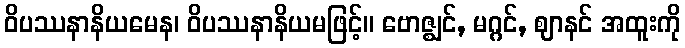
ဝိပဿနာနိယမေန၊ ဝိပဿနာနိယမဖြင့်။ ဗောဇ္ဈင်, မဂ္ဂင်, ဈာနင် အထူးကို